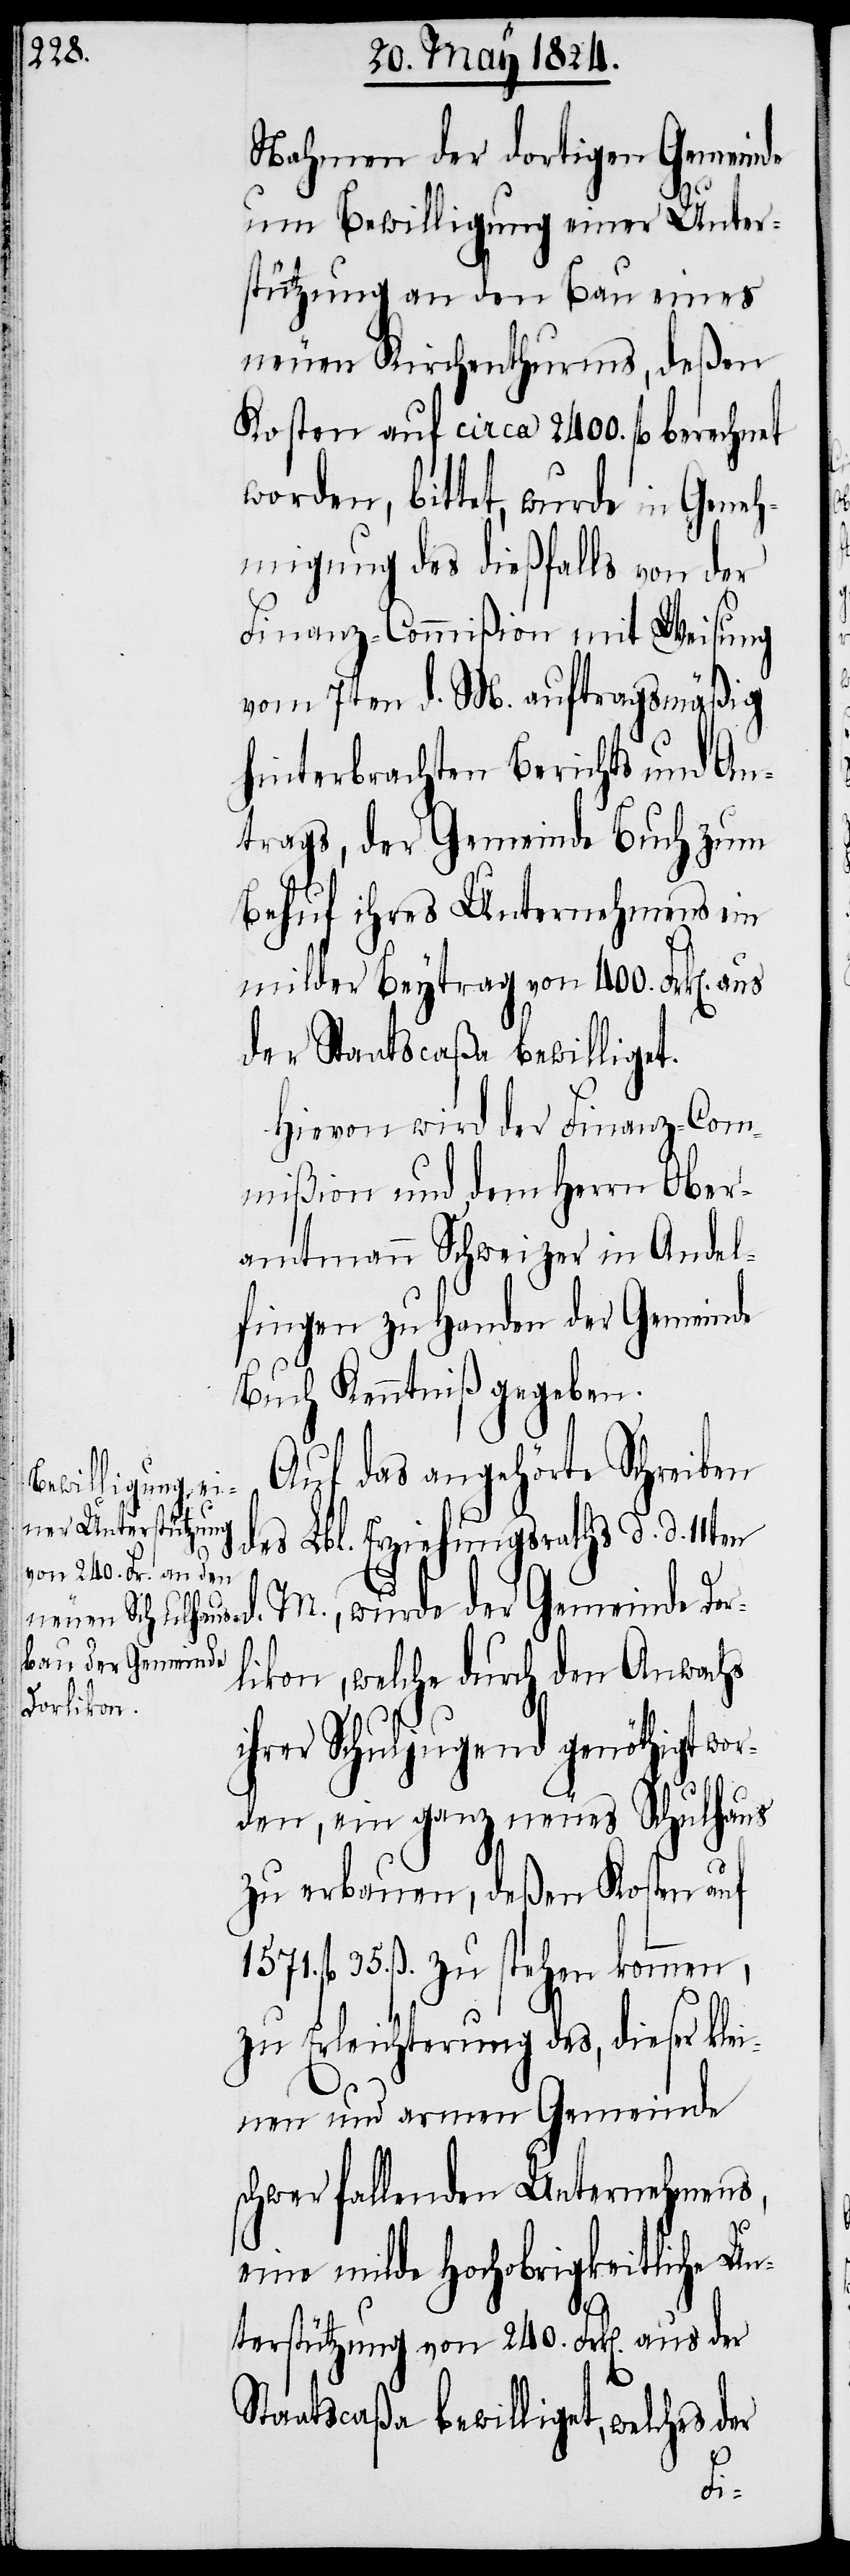
Nahmen der dortigen Gemeinde
um Bewilligung einer Unter¬
stützung an den Bau eines
neuen Kirchenthurms, deßen
Kosten auf circa 2400. fl. berechnet
worden, bittet, wurde in Geneh¬
migung des dießfalls von der
Finanz-Commißion mit Weisung
vom 7ten d. M. auftragsmäßig
hinterbrachten Berichts und An¬
trags, der Gemeinde Buch zum
Behuf ihres Unternehmens ein
milder Beytrag von 400. Frk[en].
der Staatscaßa bewilliget.
Hievon wird der Finanz-Com¬
mißion und dem Herrn Ober¬
amtmann Schweizer in Andel¬
fingen zu Handen der Gemeinde
Buch Kenntniß gegeben.
Auf das angehörte Schreiben
des Lbl. Erziehungsraths d. d. 11t¬
M., wurde der Gemeinde Dor¬
likon, welche durch den Anwachs
ihrer Schuljugend genöthigt wo¬
rden, ein ganz neues Schulhaus
zu erbauen, deßen Kosten auf
35. ß. zu stehen kommen,
zu Erleichterung des, dieser kle¬
inen und armen Gemeinde
schwer fallenden Unternehmens,
eine milde Hochobrigkeitliche Un¬
terstützung von 240. Frk[en]. aus der
Staatscaßa bewilliget, welches der
en